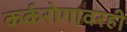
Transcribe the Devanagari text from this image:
कर्करोगावरही